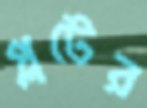
প্লটের